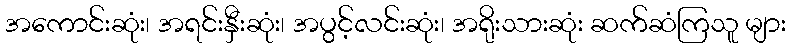
အကောင်းဆုံး၊ အရင်းနှီးဆုံး၊ အပွင့်လင်းဆုံး၊ အရိုးသားဆုံး ဆက်ဆံကြသူ များ